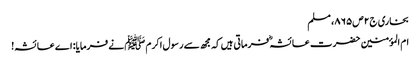
بخاری ج۲ص۸۶۵، مسلم
ام المؤمنین حضرت عائشہؓ فرماتی ہیں کہ مجھ سے رسول اکرم ﷺ نے فرمایا: اے عائشہ!